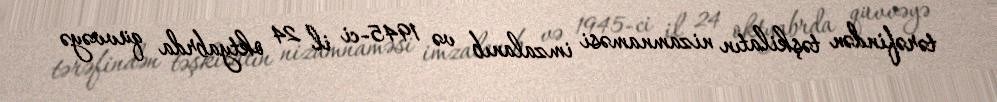
tərəfindən təşkilatın nizamnaməsi imzalanıb və 1945-ci il 24 oktyabrda qüvvəyə